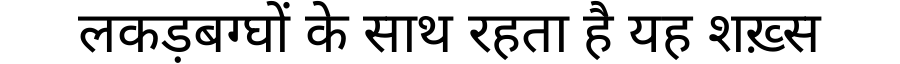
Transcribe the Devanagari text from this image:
लकड़बग्घों के साथ रहता है यह शख़्स